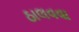
ઠાલવવા